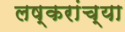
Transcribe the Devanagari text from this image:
लष्करांच्या